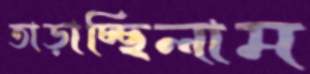
তাড়াচ্ছিলাম